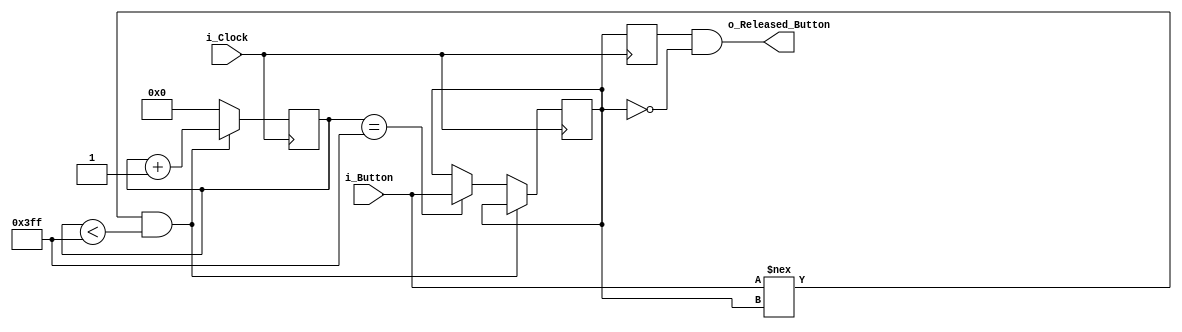
module button_debounce
(
    input   i_Clock,
    input   i_Button,

    output  o_Released_Button
);

    localparam c_DEBOUNCE_LIMIT = 10'b1111111111;

    reg [9:0]   r_Counter           = 10'b0;
    reg         r_State             = 1'b0;
    reg         r_Released_Button   = 1'b0;

    always @(posedge i_Clock) begin
        if(i_Button !== r_State && r_Counter < c_DEBOUNCE_LIMIT)
            r_Counter <= r_Counter + 1'b1;
        else if(r_Counter == 10'b1111111111) begin
            r_State <= i_Button;
            r_Counter <= 0;
        end else
            r_Counter <= 0;
    end

    always @(posedge i_Clock) begin
        r_Released_Button <= r_State;
    end

    assign o_Released_Button = r_Released_Button & ~r_State;

endmodule